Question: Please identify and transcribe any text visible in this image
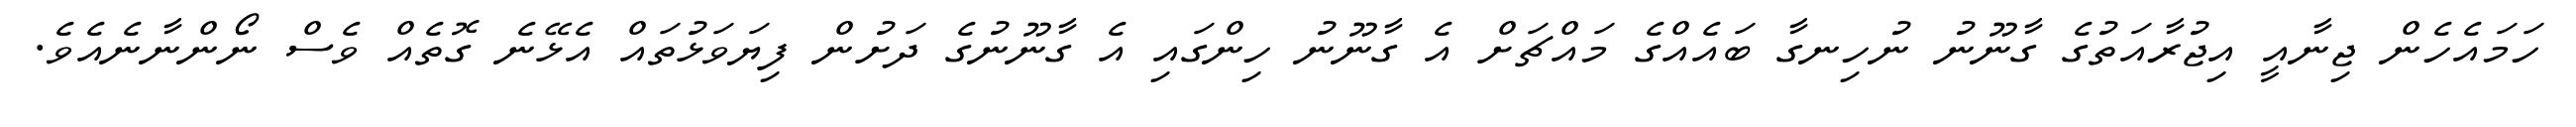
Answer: ހަމައެހެން ޖިނާއީ އިޖުރާއަތުގެ ގާނޫނު ނުހިނގާ ބައެއްގެ މައްޗަށް އެ ގާނޫނު ހިންގައި އެ ގާނޫނުގެ ދަށުން ފިޔަވަޅުތައް އެޅޭނެ ގޮތެއް ވެސް ނޯންނާނެއެވެ.